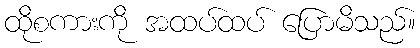
ထိုစကားကို အထပ်ထပ် ပြောမိသည်။